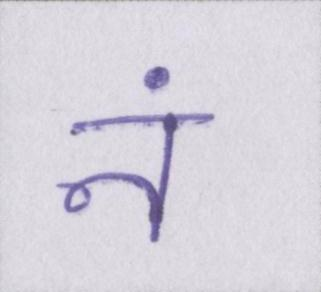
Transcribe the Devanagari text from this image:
नं